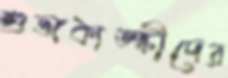
শুভাকাঙ্ক্ষীদের